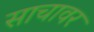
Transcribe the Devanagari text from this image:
साचावर